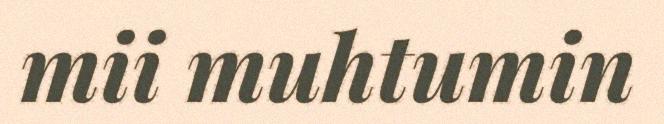
mii muhtumin